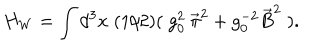
H _ { W } = \int d ^ { 3 } x \; ( 1 / 2 ) ( \; g _ { 0 } ^ { 2 } \: \vec { \pi } ^ { 2 } + g _ { 0 } ^ { - 2 } \vec { B } ^ { 2 } \; ) .